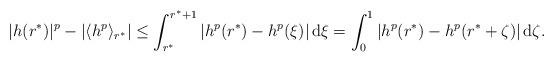
LaTeX: \begin{align*}|h(r^*)|^p - \left| \langle h^p\rangle_{r^*} \right| \leq \int_{r^*}^{r^*+1} |h^p(r^*) - h^p(\xi)| \,\mathrm{d}\xi = \int_0^1 |h^p(r^*) - h^p(r^*+\zeta)|\,\mathrm{d}\zeta.\end{align*}